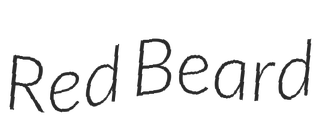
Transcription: Red Beard